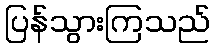
ပြန်သွားကြသည်